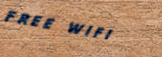
FREE WIFI